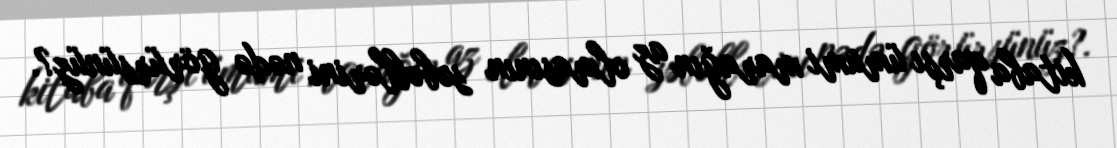
kitaba qarşı ümumi marağın az olmasının səbəblərini nədə görürsünüz?.